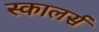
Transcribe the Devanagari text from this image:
स्कालर्स